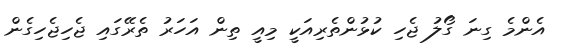
އެންމެ ގިނަ ގޯލު ޖެހި ކުޅުންތެރިއަކީ މިއީ ތިން އަހަރު ތެރޭގައި ޖެހިޖެހިގެން